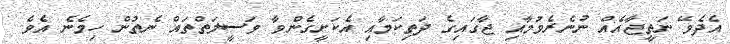
އެދެވޭ ނަތީޖާއެއް ނުނެރެވުމާއި ޖާގައިގެ ދަތިކަމާއި އެކަށީގެންވާ ވަސީލަތްތައް ނެތުން ހިމެނެ އެވެ.